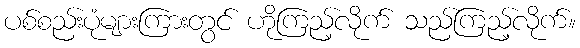
ပစ်စည်းပုံများကြားတွင် ဟိုကြည့်လိုက် သည်ကြည့်လိုက်။